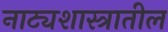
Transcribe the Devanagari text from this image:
नाट्यशास्त्रातील